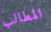
المطالب